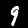
Label: 9